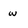
Character: w